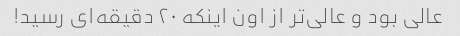
عالی بود و عالی‌تر از اون اینکه ۲۰ دقیقه‌ای رسید!